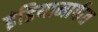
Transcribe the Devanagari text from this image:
इंडियामार्फत